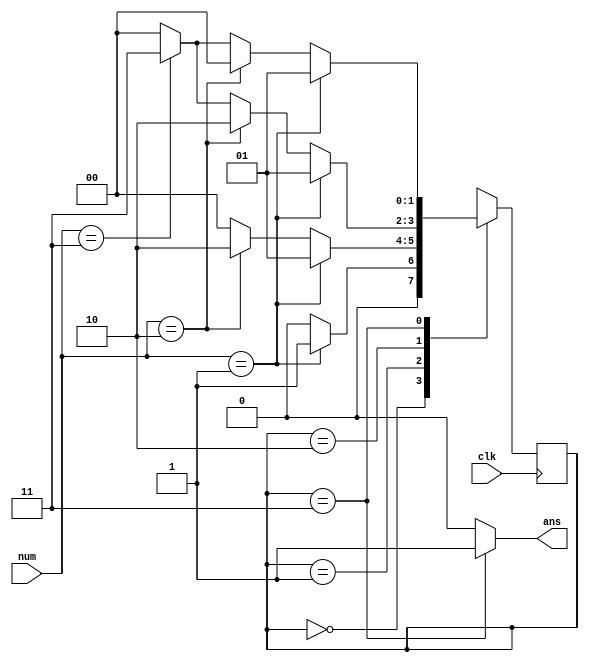
`timescale 1ns / 1ps
//////////////////////////////////////////////////////////////////////////////////
// Company: 
// Engineer: 
// 
// Design Name: 
// Module Name:    counting 
// Project Name: 
// Target Devices: 
// Tool versions: 
// Description: 
//
// Dependencies: 
//
// Revision: 
// Revision 0.01 - File Created
// Additional Comments: 
//
//////////////////////////////////////////////////////////////////////////////////
`define S0 2'b00
`define S1 2'b01
`define S2 2'b10
`define S3 2'b11
module counting(
    input [1:0] num,
    input clk,
    output ans
    );
	
reg [1:0] status;

initial 
begin
	status <= `S0;
end

always @(posedge clk) 
begin
	case(status)
		`S0:begin
				if(num==2'b01)
				begin
					status<=`S1;
				end
				else if(num==2'b10)
				begin
					status<=`S0;
				end
				else if(num==2'b11)
				begin
					status<=`S0;
				end
				else
				begin
					status<=`S0;
				end
			end
		`S1:begin
				if(num==2'b01)
				begin
					status<=`S1;
				end
				else if(num==2'b10)
				begin
					status<=`S2;
				end
				else if(num==2'b11)
				begin
					status<=`S0;
				end
				else
				begin
					status<=`S0;
				end
			end
		`S2:begin
				if(num==2'b01)
				begin
					status<=`S1;
				end
				else if(num==2'b10)
				begin
					status<=`S2;
				end
				else if(num==2'b11)
				begin
					status<=`S3;
				end
				else
				begin
					status<=`S0;
				end
			end
		`S3:begin
				if(num==2'b01)
				begin
					status<=`S1;
				end
				else if(num==2'b10)
				begin
					status<=`S0;
				end
				else if(num==2'b11)
				begin
					status<=`S3;
				end
				else
				begin
					status<=`S0;
				end
			end
	endcase
end
assign ans = (status == `S3) ? 1'b1 : 1'b0;
endmodule